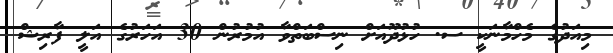
މިއަދުގެ މެހްމާނަކީ ސ. ހުޅުދޫއަށް ނިސްބަތްވާ އުމުރުން 30 އަހަރުގެ އަލީ ފާރިޝް